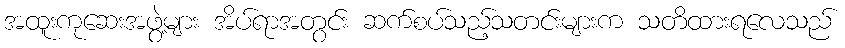
အထူးကုဆေးအဖွဲ့များ အိပ်ရာအတွင်း ဆက်စပ်သည့်သတင်းများက သတိထားရလေသည်